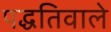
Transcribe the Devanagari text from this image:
पद्धतिवाले